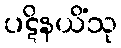
ပဋိနယိံသု